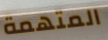
المتهمة